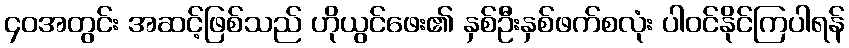
၄၀အတွင်း အဆင့်ဖြစ်သည် ဟိုယွင်ဖေး၏ နှစ်ဦးနှစ်ဖက်စလုံး ပါဝင်နိုင်ကြပါရန်